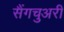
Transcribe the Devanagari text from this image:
सैंगचुअरी